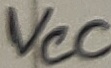
Text: VCC